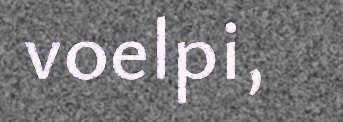
voelpi,